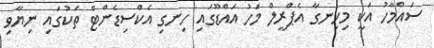
ސައްމާހު އަކީ މިހިނގާ އެޕްރީލް މަހު އައްޑޫގައި ހިނގި އެކްސިޑެންޓް ތަކުގައި ނިޔާވި